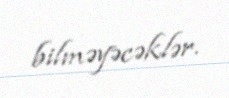
bilməyəcəklər.